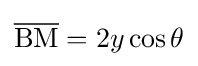
{\overline {\mathrm {BM} }}=2y\cos \theta